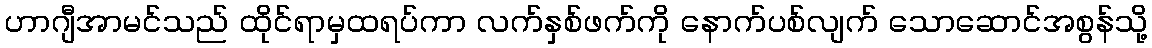
ဟာဂျီအာမင်သည် ထိုင်ရာမှထရပ်ကာ လက်နှစ်ဖက်ကို နောက်ပစ်လျက် သောဆောင်အစွန်သို့